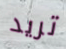
تريد